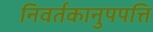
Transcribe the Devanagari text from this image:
निवर्तकानुपपत्ति